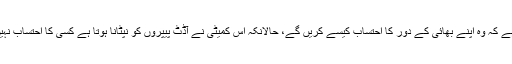
کہا جا رہا ہے کہ وہ اپنے بھائی کے دور کا احتساب کیسے کریں گے، حالانکہ اس کمیٹی نے آڈٹ پیپروں کو نپٹانا ہوتا ہے کسی کا احتساب نہیں کرنا ہوتا۔